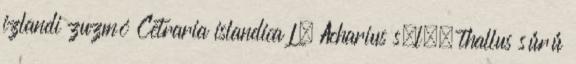
izlandi zuzmó Cetraria islandica L. Acharius s.l., thallus sűrű